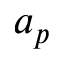
a _ { p }